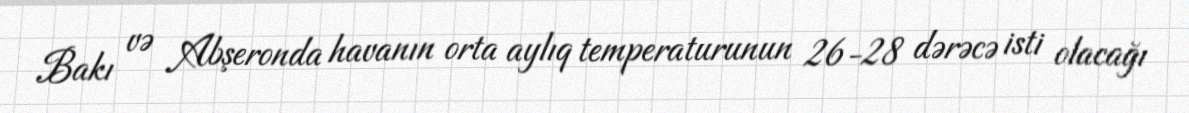
Bakı və Abşeronda havanın orta aylıq temperaturunun 26-28 dərəcə isti olacağı